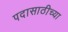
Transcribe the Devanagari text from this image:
पदासाठीच्या